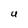
Character: U